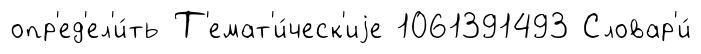
опр'ед'ел'и́ть Т'емат'и́ческ'иjе 1061391493 Словар'и́